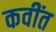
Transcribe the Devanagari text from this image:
कवींत